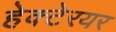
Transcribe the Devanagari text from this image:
हेक्टेरयर